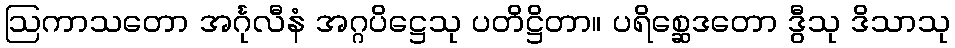
ဩကာသတော အင်္ဂုလီနံ အဂ္ဂပိဋ္ဌေသု ပတိဋ္ဌိတာ။ ပရိစ္ဆေဒတော ဒွီသု ဒိသာသု